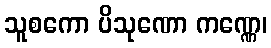
သူစကော ပိသုဏော ကဏ္ဏေ၊